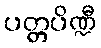
ပတ္တပိဏ္ဍီ